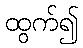
ထွက်၍